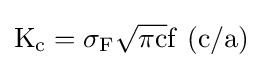
\mathrm {K_{c}} =\sigma _{\mathrm {F} }{\sqrt {\pi \mathrm {c} }}\mathrm {f\ (c/a)}